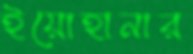
ইয়োহানার